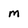
Character: m